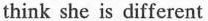
think she is different